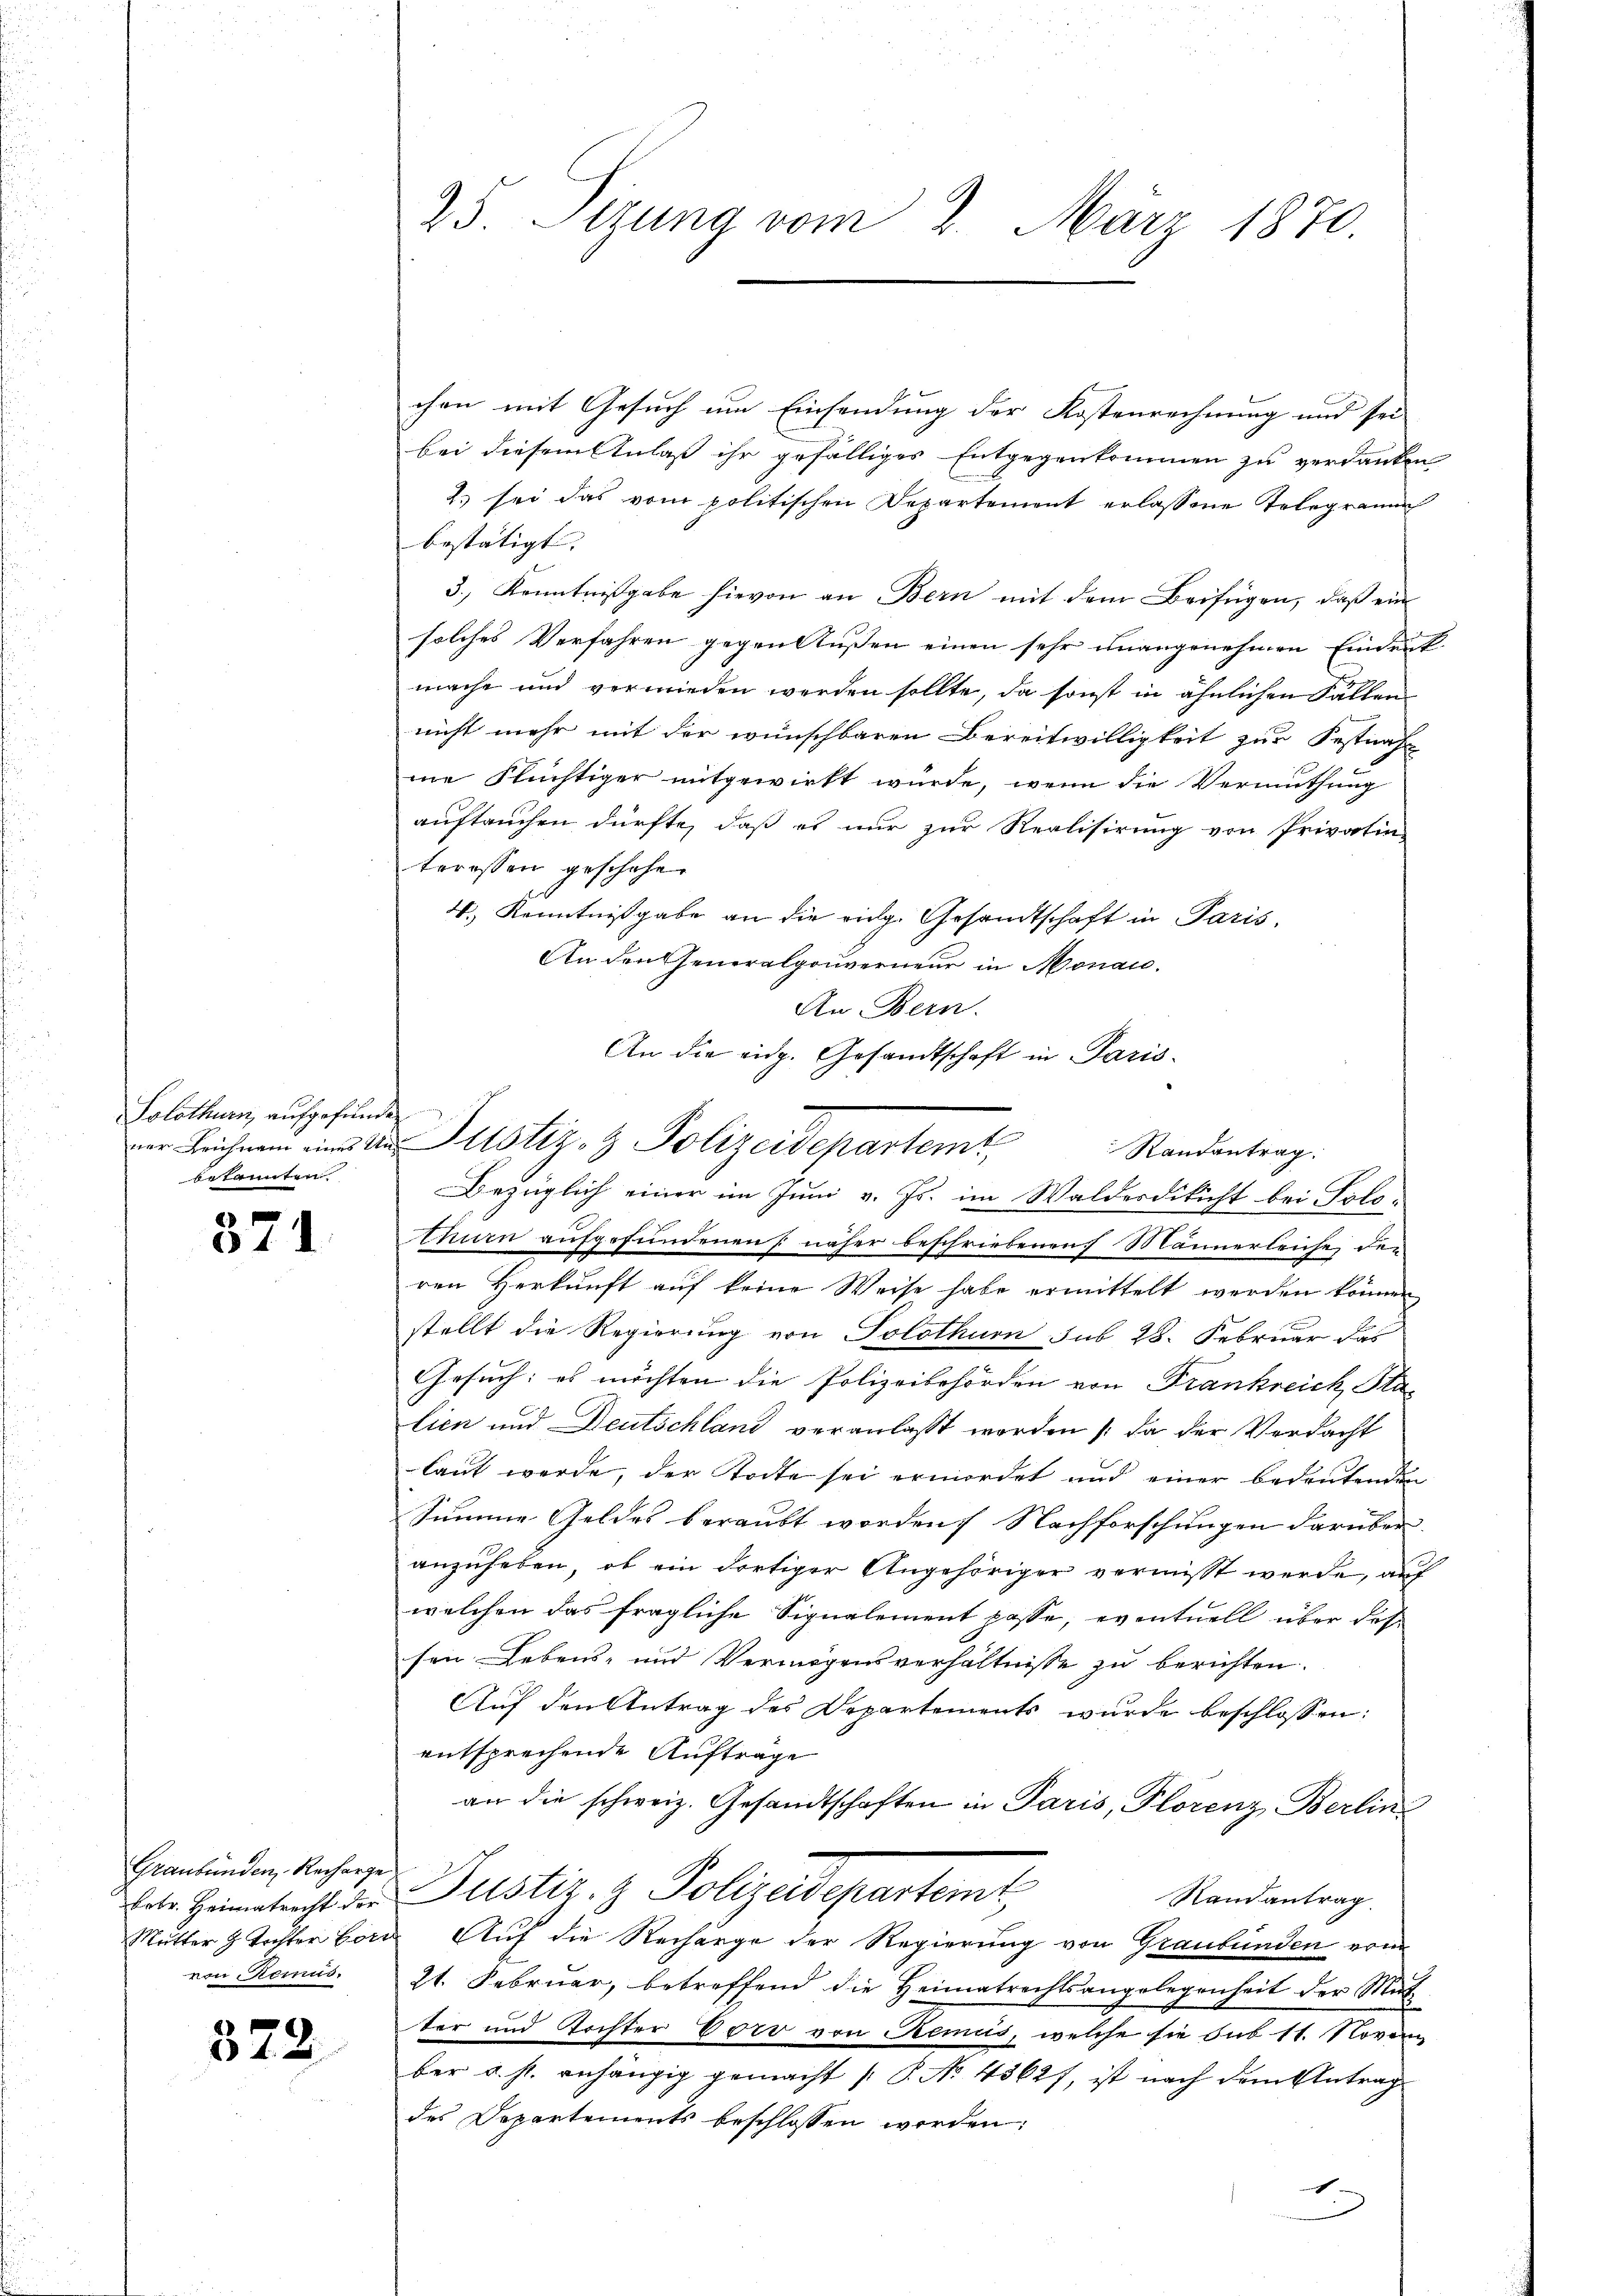
Solothurn, aufgefunde
ner Leichnam eines Unbekannten.

371

Graubünden, Recharge
Febr. Heimatrecht der
Mutter h. Tochter For
von Remus.

372

25. Setzung vom 2. März 1870.

chen mit Gesuch um Einsendung der Kostenrechnung und sei
bei diesem Anlaß ihr gefälliges Entgegenkommen zu verdanken
2) sei das vom politischen Departement erlassene Telegramm
bestätigt. |
3.) Kenntnißgabe hievon an Bern mit dem Beifügen, daß ein
solches Verfahren gegen Außen einen sehr unangenehmen Eindruck-
mache und vermieden werden sollte, da sonst in ähnlichen Fällen
nicht mehr mit der wünschbaren Bereitwilligkeit zur Festrafe
me Flüchtiger mitgewirkt würde, wenn die Vermuthung
auftauchen dürfte, daß es nur zur Realisirung von Privatin
teressen geschehen
4.) Kenntnißgabe an die eidg. Gesandtschaft in Paris,
An den Generalgouverneur in Monau.
An Bern.
thurn aufgefundenen näher beschriebenen Männerleiche den
ren Herkunft auf keine Weise habe ermittelt werden können
stellt die Regierung von Solothur sub 28. Februar das
Gesuch: es möchten die Polizeibehörden von Frankreich, Sta-
lien und Deutschland veranlasst worden (da der Verdacht
laut werde, der Stocke sei ermordet und einer bedeutenden
Summe Geldes beraubt worden. Nachforschungen darüber
anzuheben, ob ein dortiger Angehöriger vermisst werde, auf
welchen das fragliche Signalement passe, eventuell über das
sen Lebens- und Vermögensverhältnisse zu berichten.
Auf den Antrag des Departements wurde beschlossen:
entsprechende Auftrage
an die schweiz. Gesandtschaften in Paris, Plorenz Berlin
Justiz- & Polizeigentums.
Randantrag.
Auf die Rechnege der Regierung von Graubünden vom
21. Februar, betreffend die Heimatrechtsangelegenheit der Mitter und Tochter Eoro von Remus, welche sie sub 11. Novem
ber u. s. anhängig gemacht (P No 43627, ist nach dem Antrag
des Departements beschlossen worden:
1

An die eidg. Gesandtschaft in Paris
Justiz & Polizeidepartemt Randantrag.
Bezüglich einer im Juni v. Js. im Walderdikicht bei Polo-